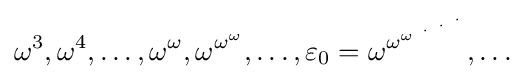
\omega ^{3},\omega ^{4},\ldots ,\omega ^{\omega },\omega ^{\omega ^{\omega }},\ldots ,\varepsilon _{0}=\omega ^{\omega ^{\omega ^{~\cdot ^{~\cdot ^{~\cdot }}}}},\ldots